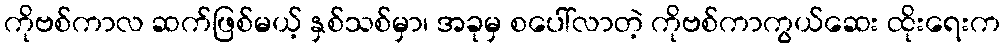
ကိုဗစ်ကာလ ဆက်ဖြစ်မယ့် နှစ်သစ်မှာ၊ အခုမှ စပေါ်လာတဲ့ ကိုဗစ်ကာကွယ်ဆေး ထိုးရေးက